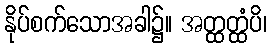
နိုပ်စက်သောအခါ၌။ အတ္ထတ္ထံပိ၊